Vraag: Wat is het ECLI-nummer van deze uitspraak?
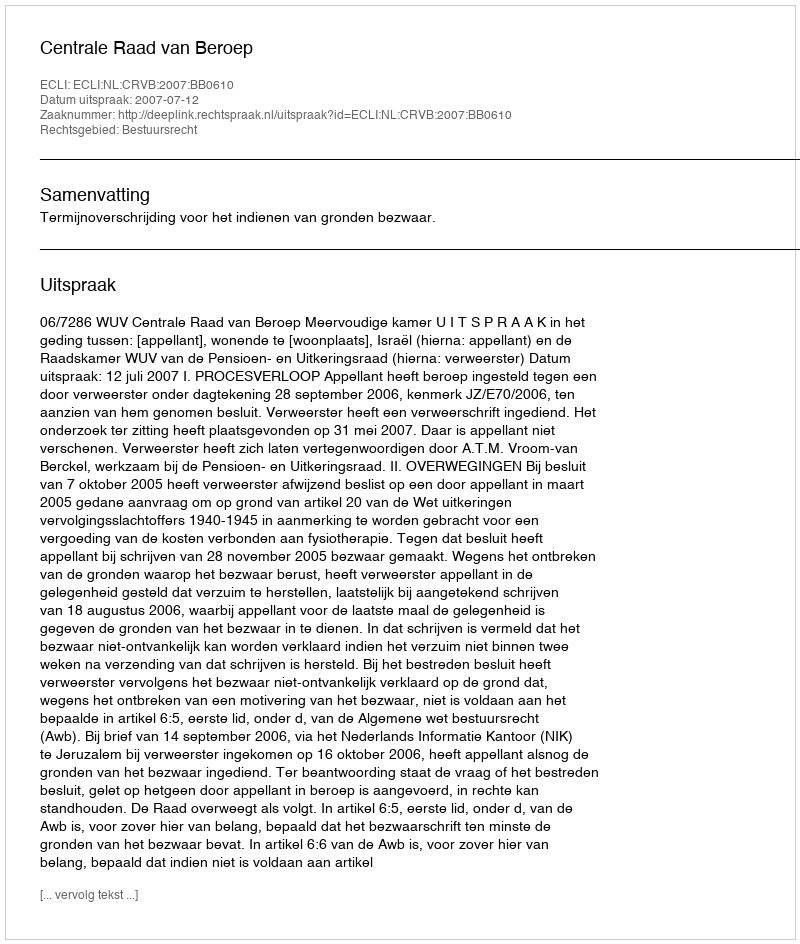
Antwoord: ECLI:NL:CRVB:2007:BB0610